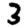
Digit: 3